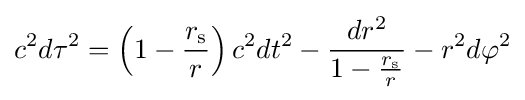
c^{2}d\tau ^{2}=\left(1-{\frac {r_{\text{s}}}{r}}\right)c^{2}dt^{2}-{\frac {dr^{2}}{1-{\frac {r_{\text{s}}}{r}}}}-r^{2}d\varphi ^{2}